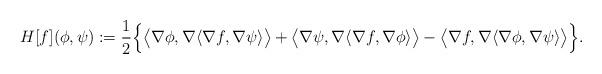
LaTeX: \begin{align*}H[f](\phi,\psi) : = \frac{1}{2} \Big\{ \big\langle \nabla\phi, \nabla \langle \nabla f,\nabla\psi \rangle \big\rangle +\big\langle \nabla\psi, \nabla \langle \nabla f,\nabla\phi \rangle \big\rangle -\big\langle \nabla f, \nabla \langle \nabla\phi,\nabla\psi \rangle \big\rangle \Big\}.\end{align*}